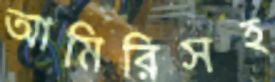
আমিরিসহ